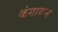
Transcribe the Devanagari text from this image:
कंगायम